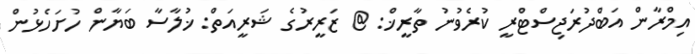
އިމްރާން އަބްދުރަޖިސްޓްރީ ކުރެވުނު ތާރީޚް: @ ޒަރީރުގެ ޝަރީއަތް: ޚުލާސާ ބަޔާން ހުށަހެޅުން